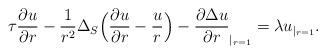
\begin{align*}\tau\frac{\partial u}{\partial r }-\frac{1}{r^2}{\Delta_S}\Big(\frac{\partial u}{\partial r}-\frac{u}{r}\Big)-\frac{\partial\Delta u}{\partial r}_{|_{r=1}}=\lambda u_{|_{r=1}}.\end{align*}